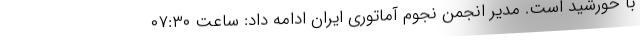
با خورشید است. مدیر انجمن نجوم آماتوری ایران ادامه داد: ساعت ۰۷:۳۰